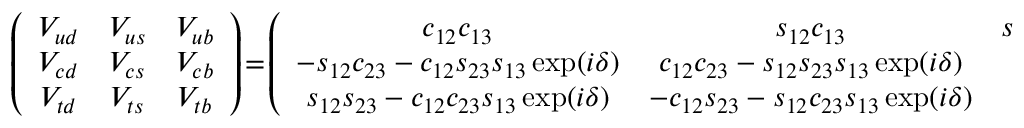
\left( \begin{array} { c c c } { { V _ { u d } } } & { { V _ { u s } } } & { { V _ { u b } } } \\ { { V _ { c d } } } & { { V _ { c s } } } & { { V _ { c b } } } \\ { { V _ { t d } } } & { { V _ { t s } } } & { { V _ { t b } } } \end{array} \right) \! = \! \left( \begin{array} { c c c } { { c _ { 1 2 } c _ { 1 3 } } } & { { s _ { 1 2 } c _ { 1 3 } } } & { { s _ { 1 3 } \exp ( - i \delta ) } } \\ { { - s _ { 1 2 } c _ { 2 3 } - c _ { 1 2 } s _ { 2 3 } s _ { 1 3 } \exp ( i \delta ) } } & { { c _ { 1 2 } c _ { 2 3 } - s _ { 1 2 } s _ { 2 3 } s _ { 1 3 } \exp ( i \delta ) } } & { { s _ { 2 3 } c _ { 1 3 } } } \\ { { s _ { 1 2 } s _ { 2 3 } - c _ { 1 2 } c _ { 2 3 } s _ { 1 3 } \exp ( i \delta ) } } & { { - c _ { 1 2 } s _ { 2 3 } - s _ { 1 2 } c _ { 2 3 } s _ { 1 3 } \exp ( i \delta ) } } & { { c _ { 2 3 } c _ { 1 3 } } } \end{array} \right) ,